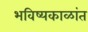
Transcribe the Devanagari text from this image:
भविष्यकाळांत